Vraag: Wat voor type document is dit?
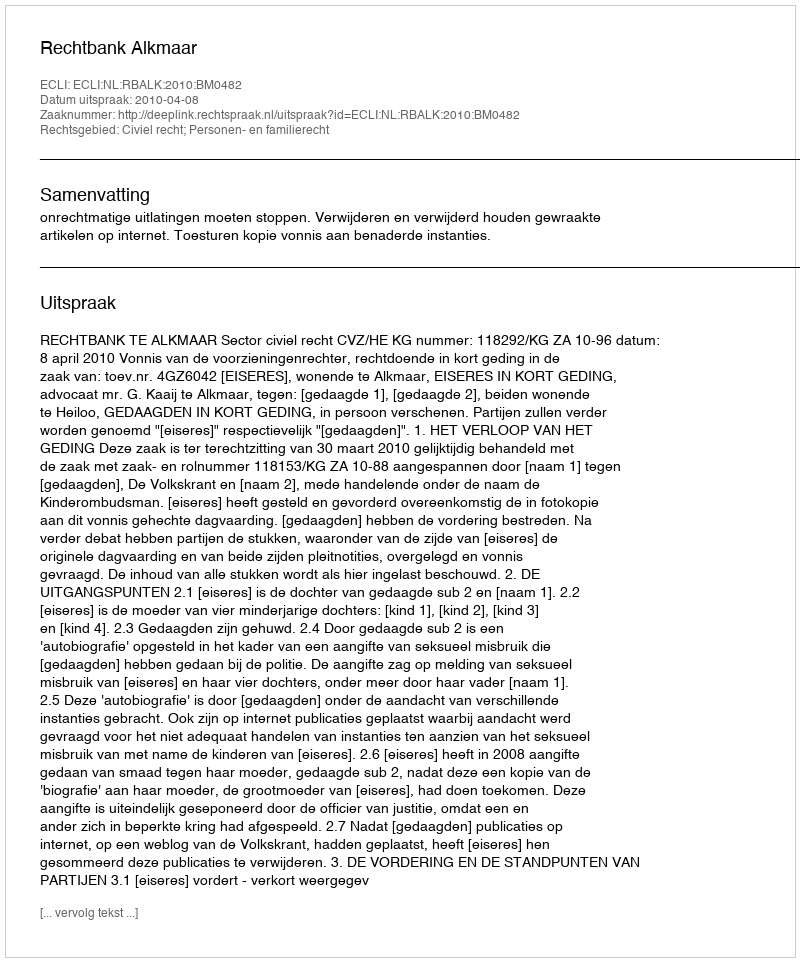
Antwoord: Uitspraak